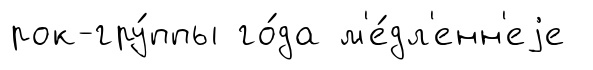
рок-гру́ппы го́да м'е́дл'енн'еjе